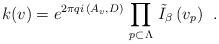
LaTeX: \begin{align*}\left. k(v) = e^{2 \pi q i \, \left( A_{v}, D \right)} \, \prod_{p \subset \Lambda}\, \tilde{I}_{\beta} \, (v_{p}) \right. \ .\end{align*}